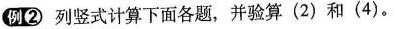
例②列竖式计算下面各题，并验算(2)和(4)。